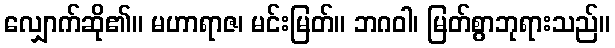
လျှောက်ဆို၏။ မဟာရာဇ၊ မင်းမြတ်။ ဘဂဝါ၊ မြတ်စွာဘုရားသည်။